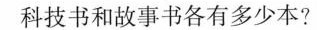
科技书和故事书各有多少本?